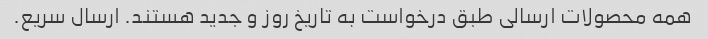
همه محصولات ارسالی طبق درخواست به تاریخ روز و جدید هستند. ارسال سریع.